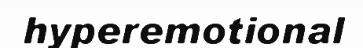
hyperemotional